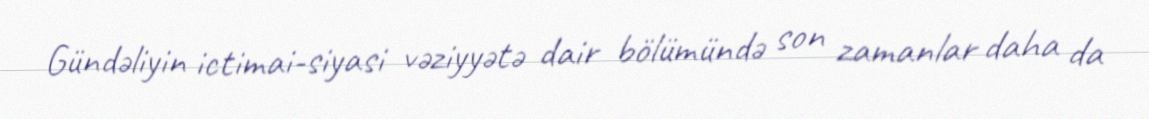
Gündəliyin ictimai-siyasi vəziyyətə dair bölümündə son zamanlar daha da